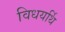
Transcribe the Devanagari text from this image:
विधयर्थि